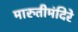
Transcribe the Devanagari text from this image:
मारुतीमंदिरे